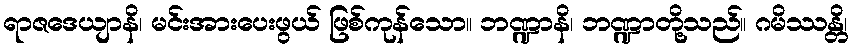
ရာဇဒေယျာနိ၊ မင်းအားပေးဖွယ် ဖြစ်ကုန်သော။ ဘဏ္ဍာနိ၊ ဘဏ္ဍာတို့သည်။ ဂမိဿန္တိ၊